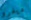
ديفرو